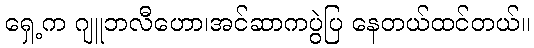
ရှေ့က ဂျူဘလီဟော၊အင်ဆာကပွဲပြ နေတယ်ထင်တယ်။